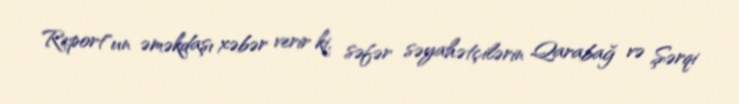
Report"un əməkdaşı xəbər verir ki, səfər səyahətçilərin Qarabağ və Şərqi